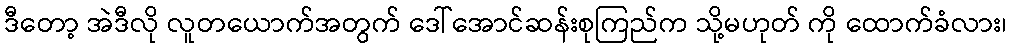
ဒီတော့ အဲဒီလို လူတယောက်အတွက် ဒေါ်အောင်ဆန်းစုကြည်က သို့မဟုတ် ကို ထောက်ခံလား၊